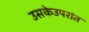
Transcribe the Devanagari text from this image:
उसकेउपरांत